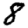
Digit: 8